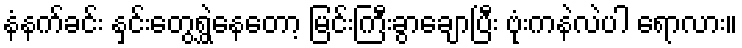
နံနက်ခင်း နှင်းတွေရွှဲနေတော့ မြင်းကြီးခွာချောပြီး ဗုံးကနဲလဲပါ ရောလား။